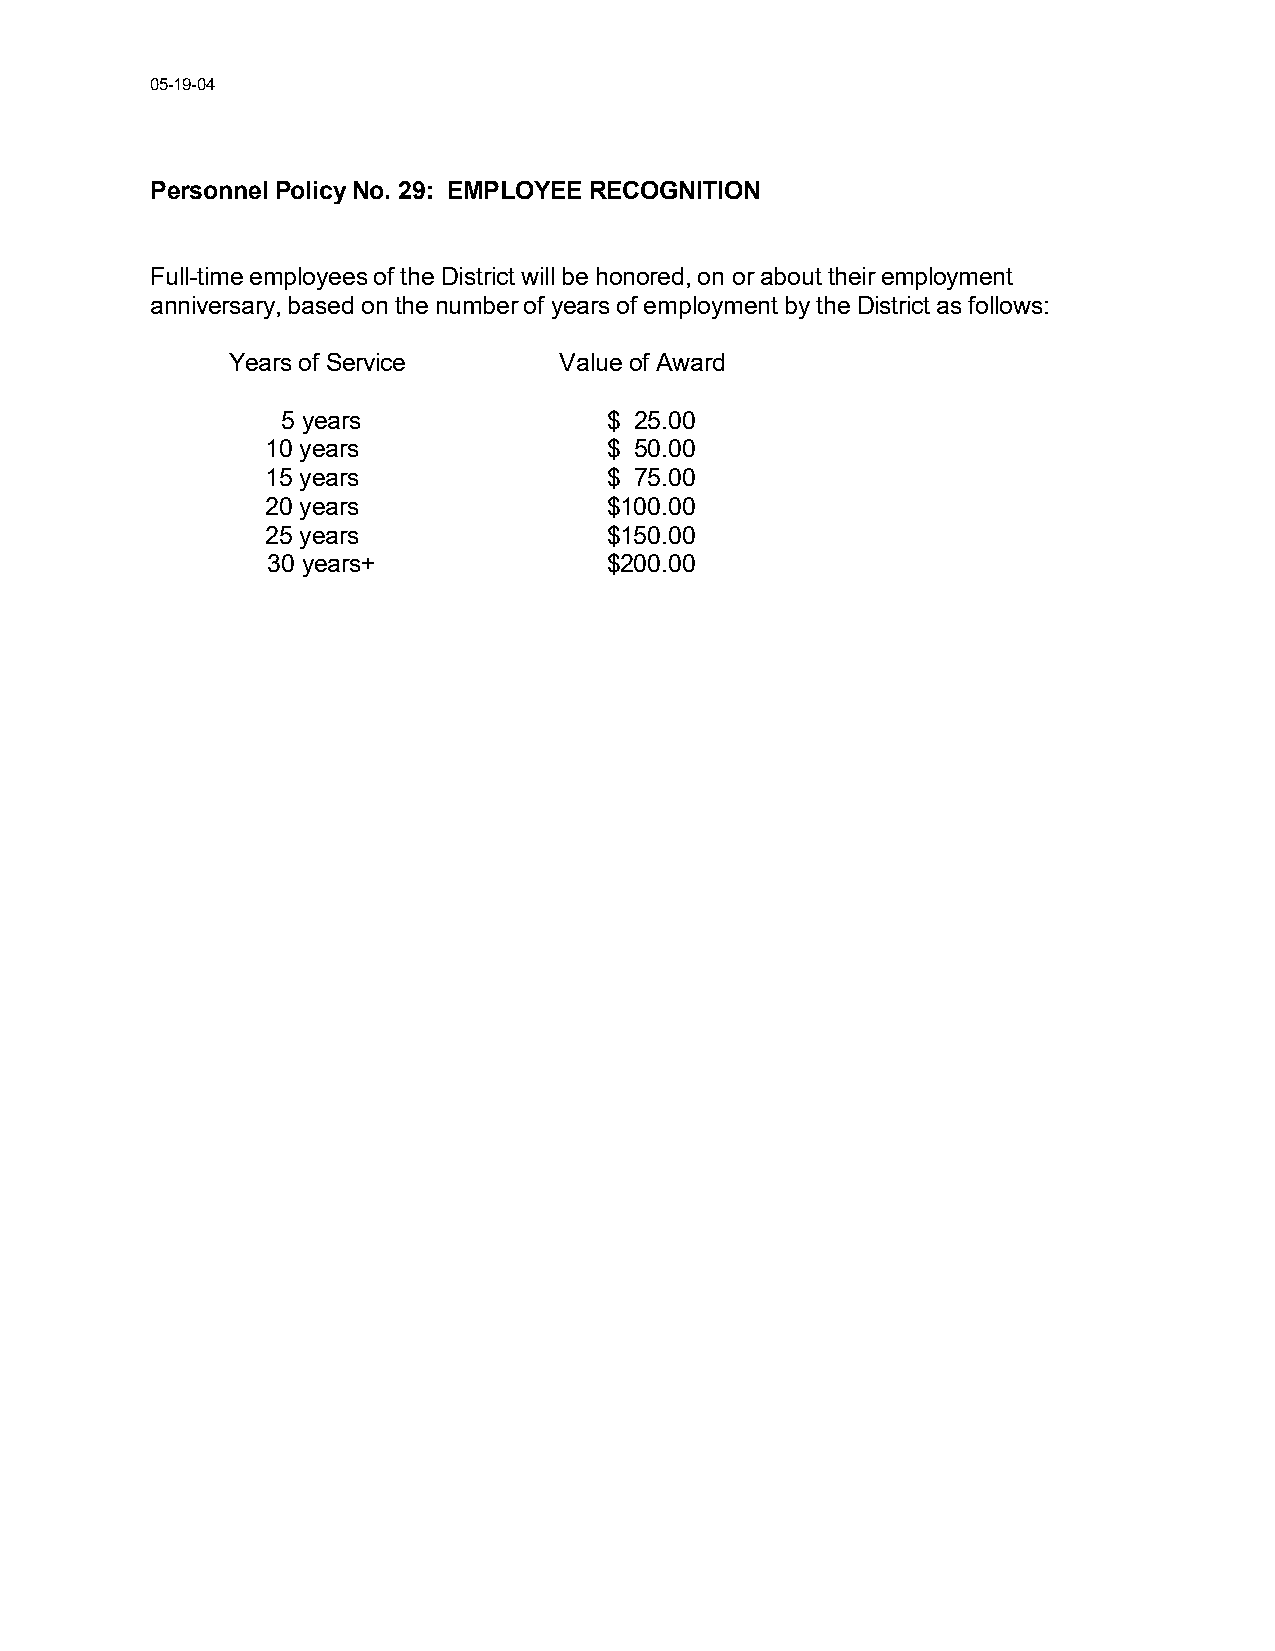
05-19-04
 Personnel Policy No. 29: EMPLOYEE RECOGNITION
 Full-time employees of the District will be honored, on or about their employment
 anniversary, based on the number of years of employment by the District as follows:
 Years of Service      Value of Award
 5 years              $ 25.00
 10 years              $ 50.00
 15 years              $ 75.00
 20 years              $100.00
 25 years              $150.00
 30 years+             $200.00